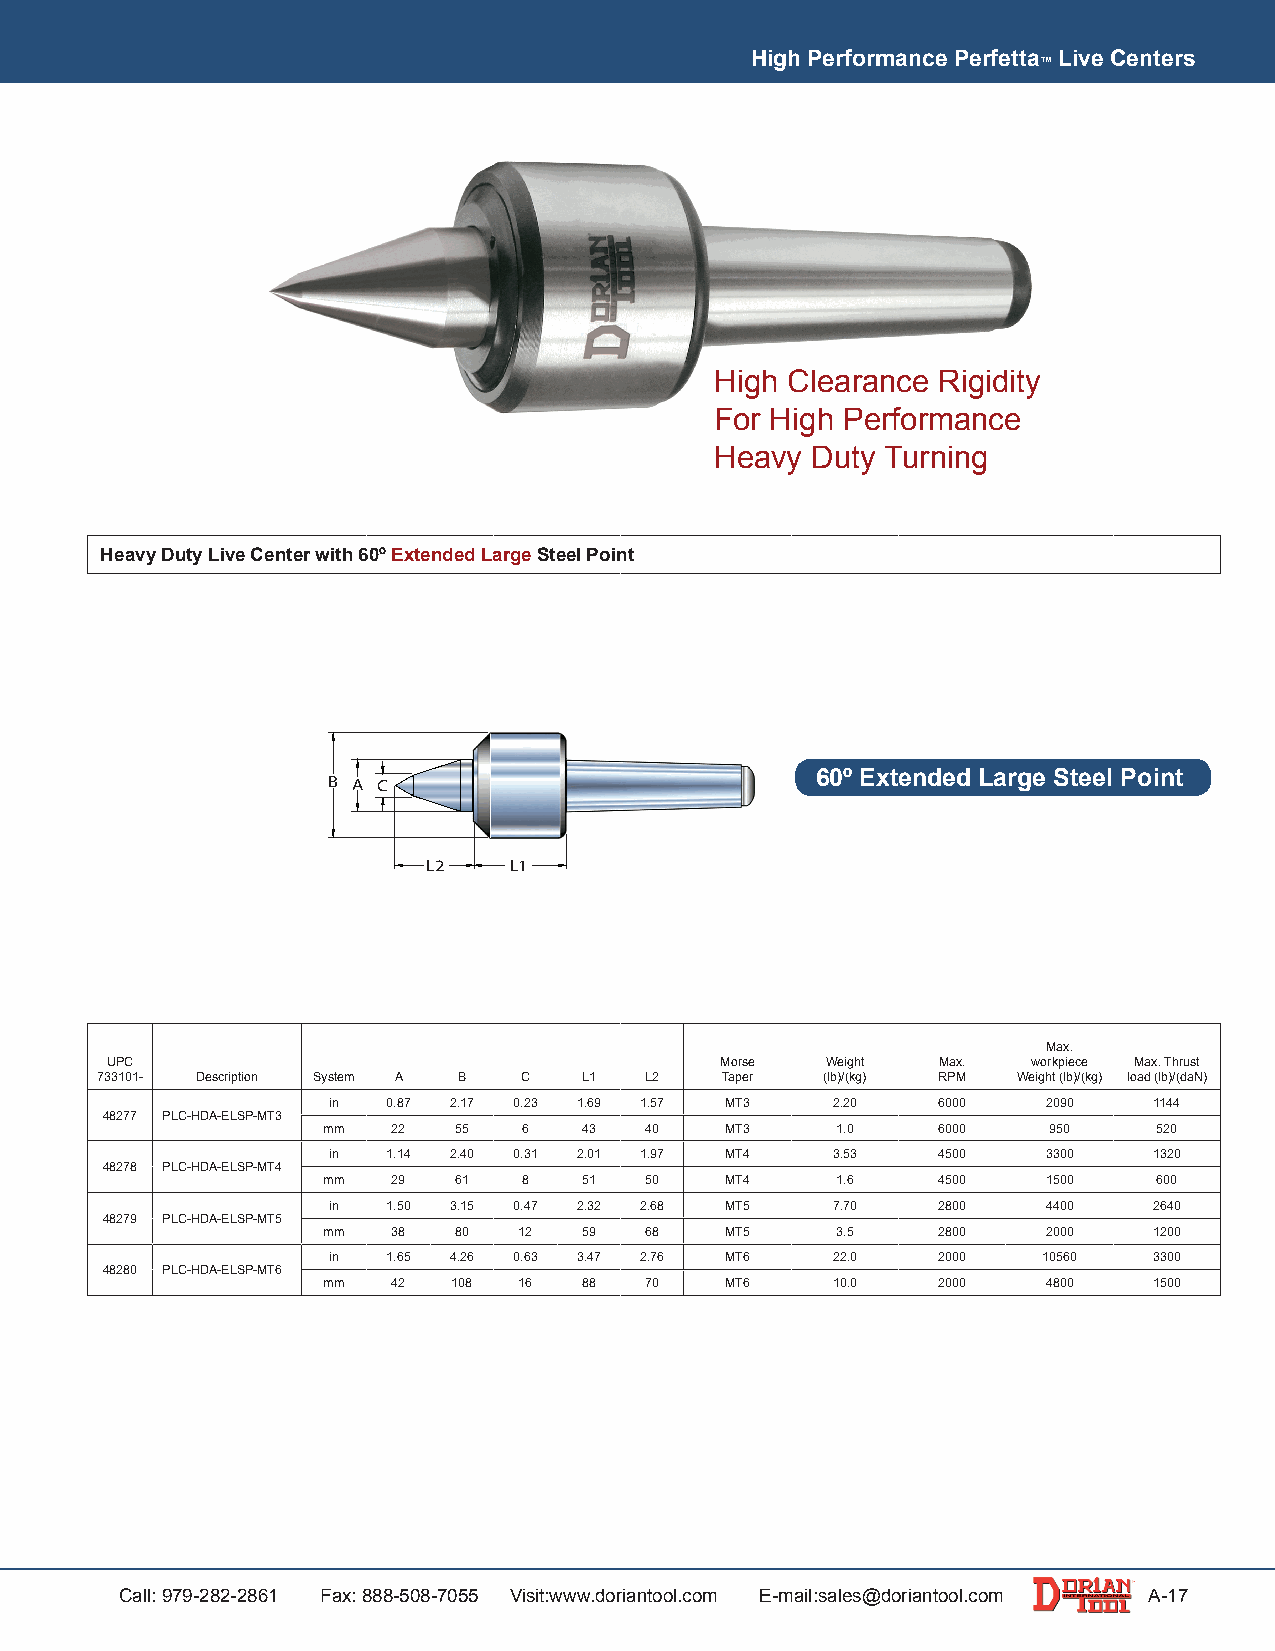
High Performance Perfetta Live Centers
 ™
 High Clearance Rigidity
 For High Performance
 Heavy  Duty Turning
 Heavy Duty Live Center with 60º Extended Large Steel Point
 B A C                           60º Extended Large Steel Point
 L2    L1
 Max.
 UPC                                      Morse  Weight Max.  workpiece Max. Thrust
 733101- Description System A B C L1  L2   Taper  (lb)/(kg) RPM Weight (lb)/(kg) load (lb)/(daN)
 in  0.87 2.17 0.23 1.69 1.57 MT3 2.20   6000   2090   1144
 48277 PLC-HDA-ELSP-MT3
 mm   22  55   6   43  40   MT3    1.0    6000   950     520
 in  1.14 2.40 0.31 2.01 1.97 MT4 3.53   4500   3300   1320
 48278 PLC-HDA-ELSP-MT4
 mm   29  61   8   51  50   MT4    1.6    4500   1500    600
 in  1.50 3.15 0.47 2.32 2.68 MT5 7.70   2800   4400   2640
 48279 PLC-HDA-ELSP-MT5
 mm   38  80  12   59  68   MT5    3.5    2800   2000   1200
 in  1.65 4.26 0.63 3.47 2.76 MT6 22.0   2000   10560  3300
 48280 PLC-HDA-ELSP-MT6
 mm   42  108 16   88  70   MT6    10.0   2000   4800   1500
 Call: 979-282-2861 Fax: 888-508-7055 Visit:www.doriantool.com E-mail:sales@doriantool.com A-17